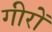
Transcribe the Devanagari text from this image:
गीरों